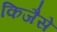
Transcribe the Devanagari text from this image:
किजैसे